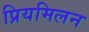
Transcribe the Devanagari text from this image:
प्रियमिलन